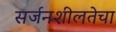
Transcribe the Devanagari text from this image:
सर्जनशीलतेचा